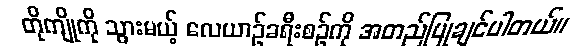
တိုကျိုကို သွားမယ့် လေယာဉ်ခရီးစဉ်ကို အတည်ပြုချင်ပါတယ်။